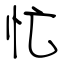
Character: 忙